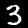
Label: 3